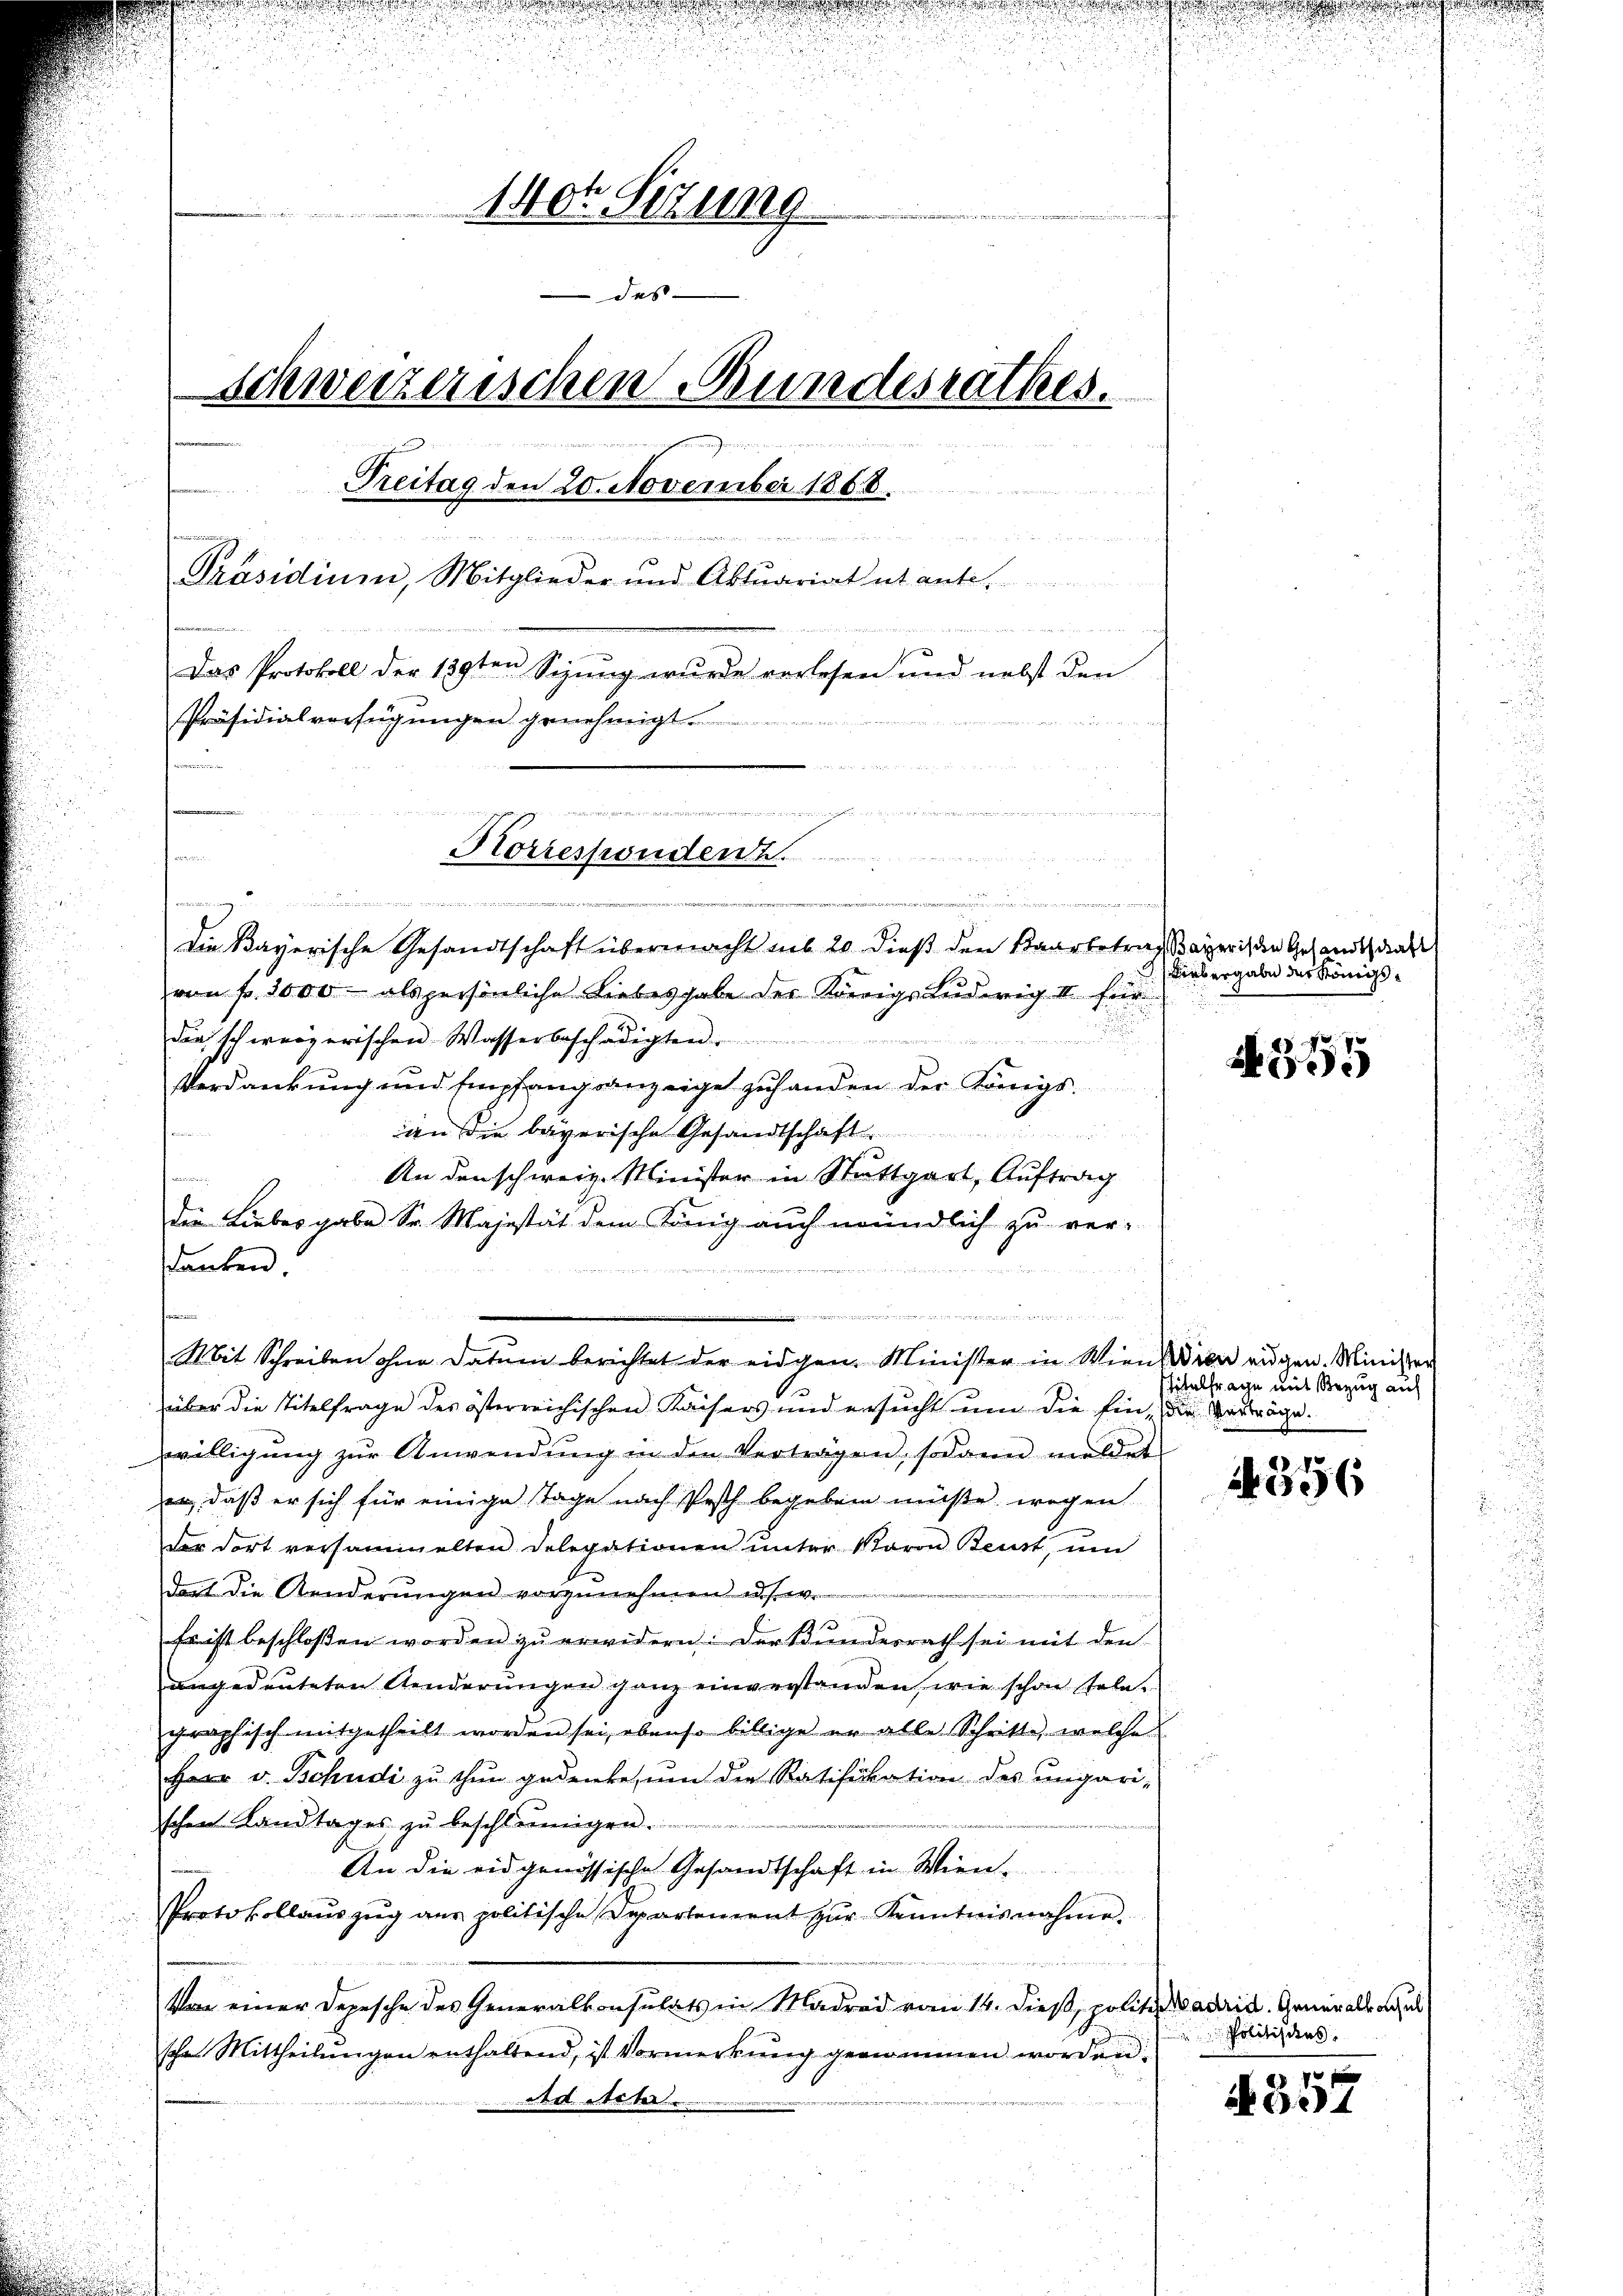
140t Sizung
das
Schweizerischen Bundesrathes.
Treitag den 20. November 1868.
 . . .
 der
e
Präsidium, Mitglieder und Aktuariat et ante.
Das Protokoll der 139ten Sizung wurde verlesen und nebst den
Präsidialverfügŭngen genehmigt.
.

Korrespondern.

n
"
Die Bayerische Gesandtschaft übermacht aus 20 dieß den Baarbetrags Bayerischen Gesandtschaf
von Fr. 3000 als persönliche Liebesgabe der Korrigs Ludwig III für
die schweizerischen Wasserbeschädigten.
n
Verdankung und Empfang anzeige zuhanden der Königs
an die bayerische Gesandtschaft
An den schweiz. Minister in Stuttgart, Auftrag
e
die Liebesgabe Sr. Majestät dem König auch mündlich zu ver-
danken

d
 was ganz
Mit Schreiben ohne Datum berichtet der eidgen. Minister in Wien die augen. Minister
über die Titelfrage des österreichischen Kaisers und ersucht um die Ein-die Verträge.
willigung zŭr Anwendŭng in den Verträgen, sodann meldet
, daß er sich für einige Tage nach Pesth begeben müße, wegen
der dort versammelten Delegationen ŭnter Baron Beust, um
dort die Aenderungen vorzunehmen u. s. w.
Es ist beschlossen worden zu erwidern: Der Bundesrath sei mit den
angedeuteten Aenderŭngen ganz einverstanden, wie schon tele-
graphisch mitgetheilt worden sei, ebenso billige er alle Schritt, welche
Herr v. Bchudi zu thun gedenke, um die Ratifikation des ungari-
schen Landtages zu beschleunigen.
An die eidgenössische Gesandtschaft in Wien¬
Protokollaŭszŭg aŭs politische Departement zŭr Kenntnisnahme.
Von einer Depesche des Generalkonsulats in Madrid vom 14. dieß, politi adrid. Generalsache
sche Mittheilŭngen enthaltend, ist Vormerkŭng genommen worden.
Ad Arter

n

Liebergabe der Königs¬

A555

Stitelfrage mit Bezug auf

2356

Politisius.

70 x
N 331